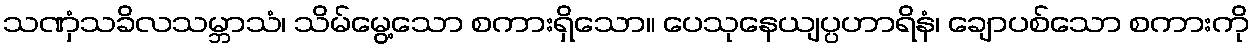
သဏှံသခိလသမ္ဘာသံ၊ သိမ်မွေ့သော စကားရှိသော။ ပေသုနေယျပ္ပဟာရိနံ၊ ချောပစ်သော စကားကို